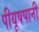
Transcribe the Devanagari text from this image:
पीयूषपानी